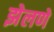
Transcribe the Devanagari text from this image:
झेलणे